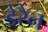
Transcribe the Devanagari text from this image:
डेरैन